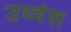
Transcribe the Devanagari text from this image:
उध्वंस